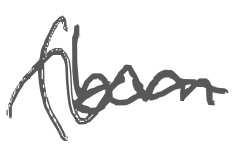
Text: (born
Cross-out: wave
Writing tool: digital_gray